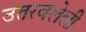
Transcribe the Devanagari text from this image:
उतरवलेली